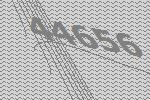
44656